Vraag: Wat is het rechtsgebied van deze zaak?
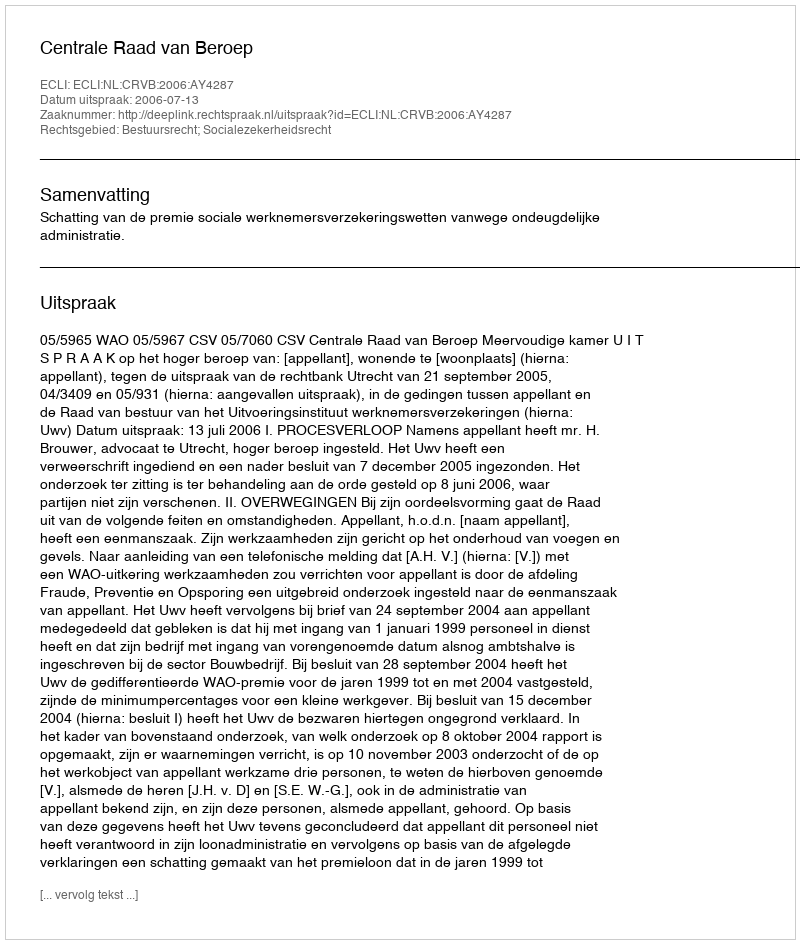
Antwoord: Bestuursrecht; Socialezekerheidsrecht